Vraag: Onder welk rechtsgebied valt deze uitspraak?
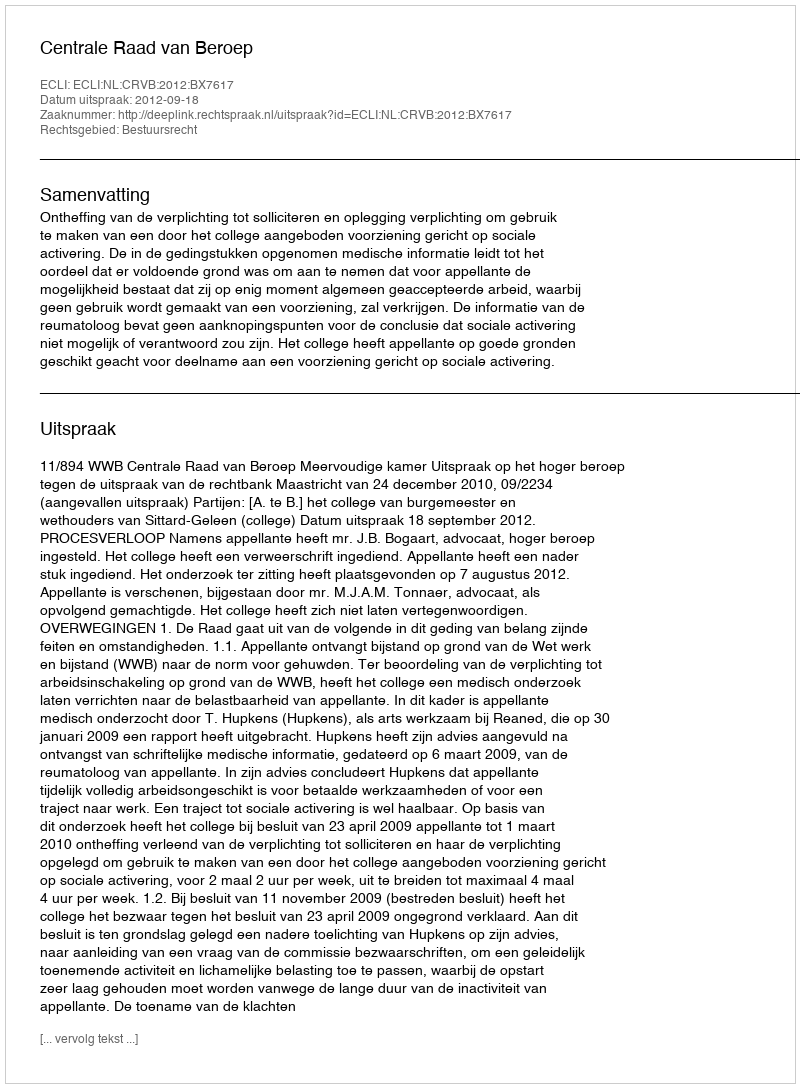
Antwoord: Bestuursrecht